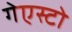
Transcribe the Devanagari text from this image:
गेएस्टो